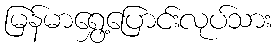
မြန်မာရွှေ့ပြောင်းလုပ်သား